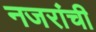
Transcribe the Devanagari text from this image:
नजरांची